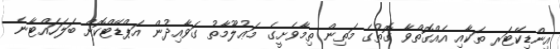
އިންޑިކޭޓަރ ތަކާއި އެއްގޮތްވާ ގޮތުގެ މަތިން ތިމާވެށީގެ މަޢުލޫމާތު ގަވާއިދުން އަޕްޑޭޓްކޮށް ބަލަހައްޓާނެ